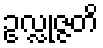
ဥလ္လုဇ္ဇတိ